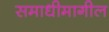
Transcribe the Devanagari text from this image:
समाधीमागील